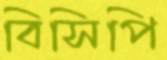
বিসিপি